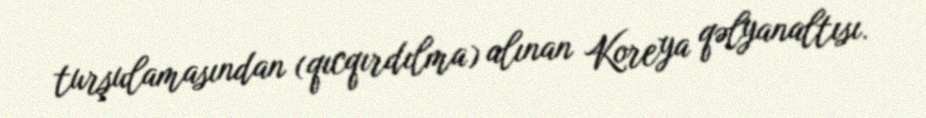
turşulamasından (qıcqırdılma) alınan Koreya qəlyanaltısı.